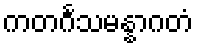
ကတင်္ဂသမန္နာဂတံ